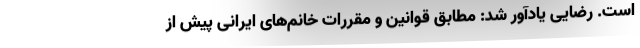
است. رضایی یادآور شد: مطابق قوانین و مقررات خانم‌های ایرانی پیش از